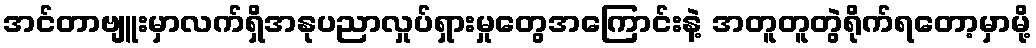
အင်တာဗျူးမှာလက်ရှိအနုပညာလှုပ်ရှားမှုတွေအကြောင်းနဲ့ အတူတူတွဲရိုက်ရတော့မှာမို့